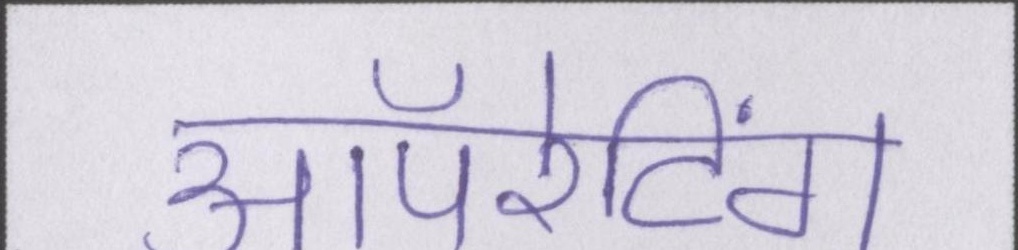
ऑपरेटिंग